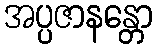
အပ္ပဇာနန္တော